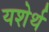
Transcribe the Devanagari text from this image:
यशेर्थ